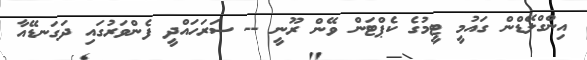
އިންގްލޭޑްން ގައުމީ ޓީމުގެ ކެޕްޓަން ވޭން ރޫނީ -- ސަރަހައްދީ ފެންވަރުގައި ދަގަނޑޭއާ